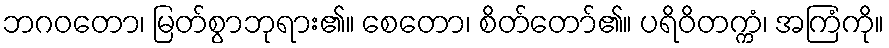
ဘဂဝတော၊ မြတ်စွာဘုရား၏။ စေတော၊ စိတ်တော်၏။ ပရိဝိတက္ကံ၊ အကြံကို။